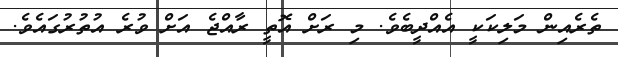
ތެރެއިން މަލިކަކީ އެއްދީބެވެ. މި ރަށް އޮތީ ރާއްޖެ އަށް ވުރެ އުތުރުގައެވެ.